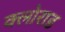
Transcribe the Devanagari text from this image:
क्लोराड